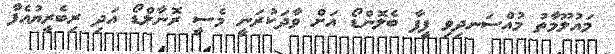
މައުލޫމާތު މުއްސަނދިވި ފީފާ ބެލޮންޑޯ އަށް ވާދަކުރަނީ މެސީ ރޮނާލްޑޯ އަދި ރިބެރީޔުއެފާ